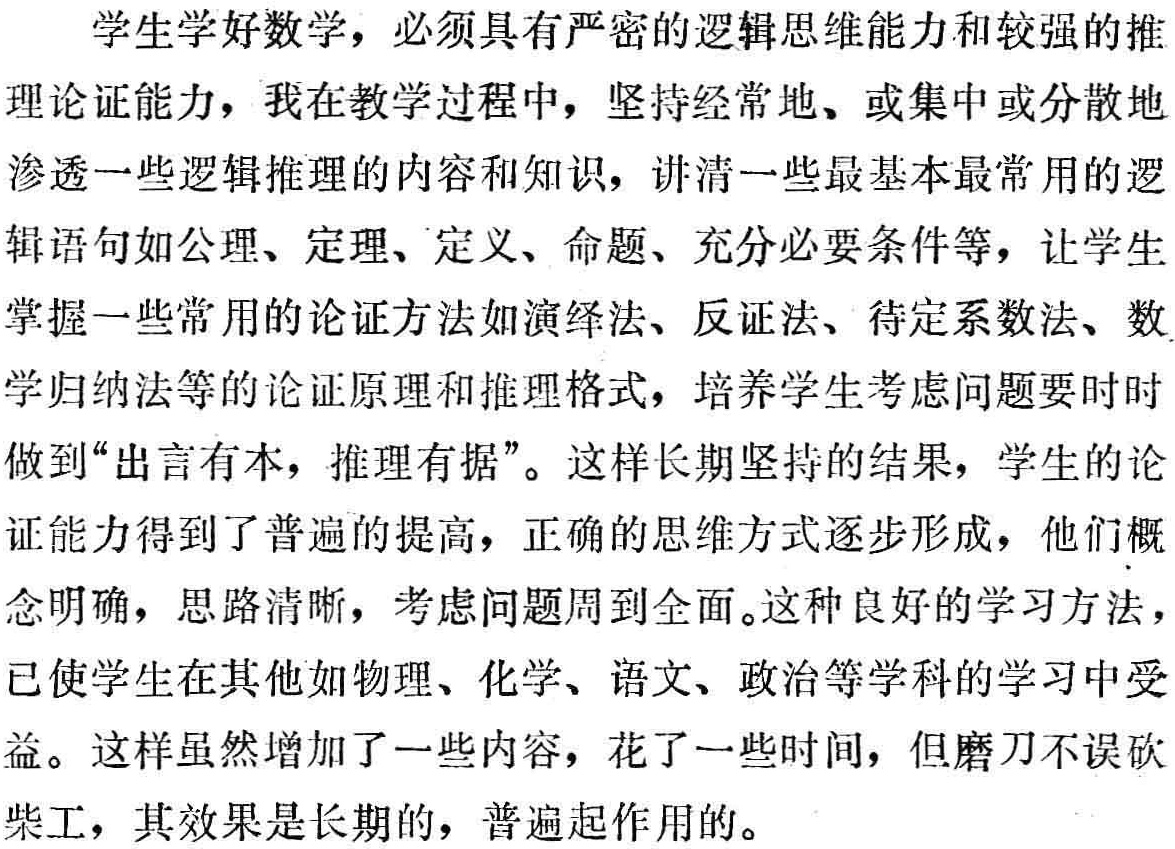
学生学好数学，必须具有严密的逻辑思维能力和较强的推
理论证能力，我在教学过程中，坚持经常地、或集中或分散地
渗透一些逻辑推理的内容和知识，讲清一些最基本最常用的逻
辑语句如公理、定理、定义、命题、充分必要条件等，让学生
掌握一些常用的论证方法如演绎法、反证法、待定系数法、数
学归纳法等的论证原理和推理格式，培养学生考虑问题要时时
做到“出言有本，推理有据”。这样长期坚持的结果，学生的论
证能力得到了普遍的提高，正确的思维方式逐步形成，他们概
念明确，思路清晰，考虑问题周到全面。这种良好的学习方法，
已使学生在其他如物理、化学、语文、政治等学科的学习中受
益。这样虽然增加了一些内容，花了一些时间，但磨刀不误砍
柴工，其效果是长期的，普遍起作用的。